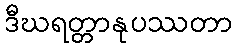
ဒီဃရတ္တာနုပဿတာ